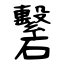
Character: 礊